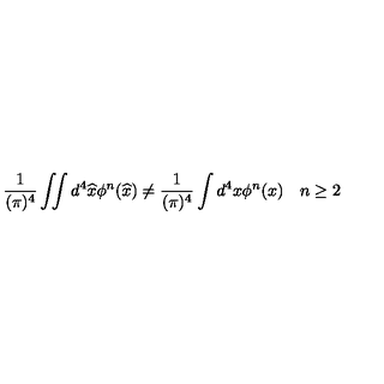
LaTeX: { \frac { 1 } { ( \pi ) ^ { 4 } } } \int \! \! \! \int d ^ { 4 } \widehat { x } \phi ^ { n } ( \widehat { x } ) \neq { \frac { 1 } { ( \pi ) ^ { 4 } } } \int d ^ { 4 } x \phi ^ { n } ( x ) \quad n \geq 2